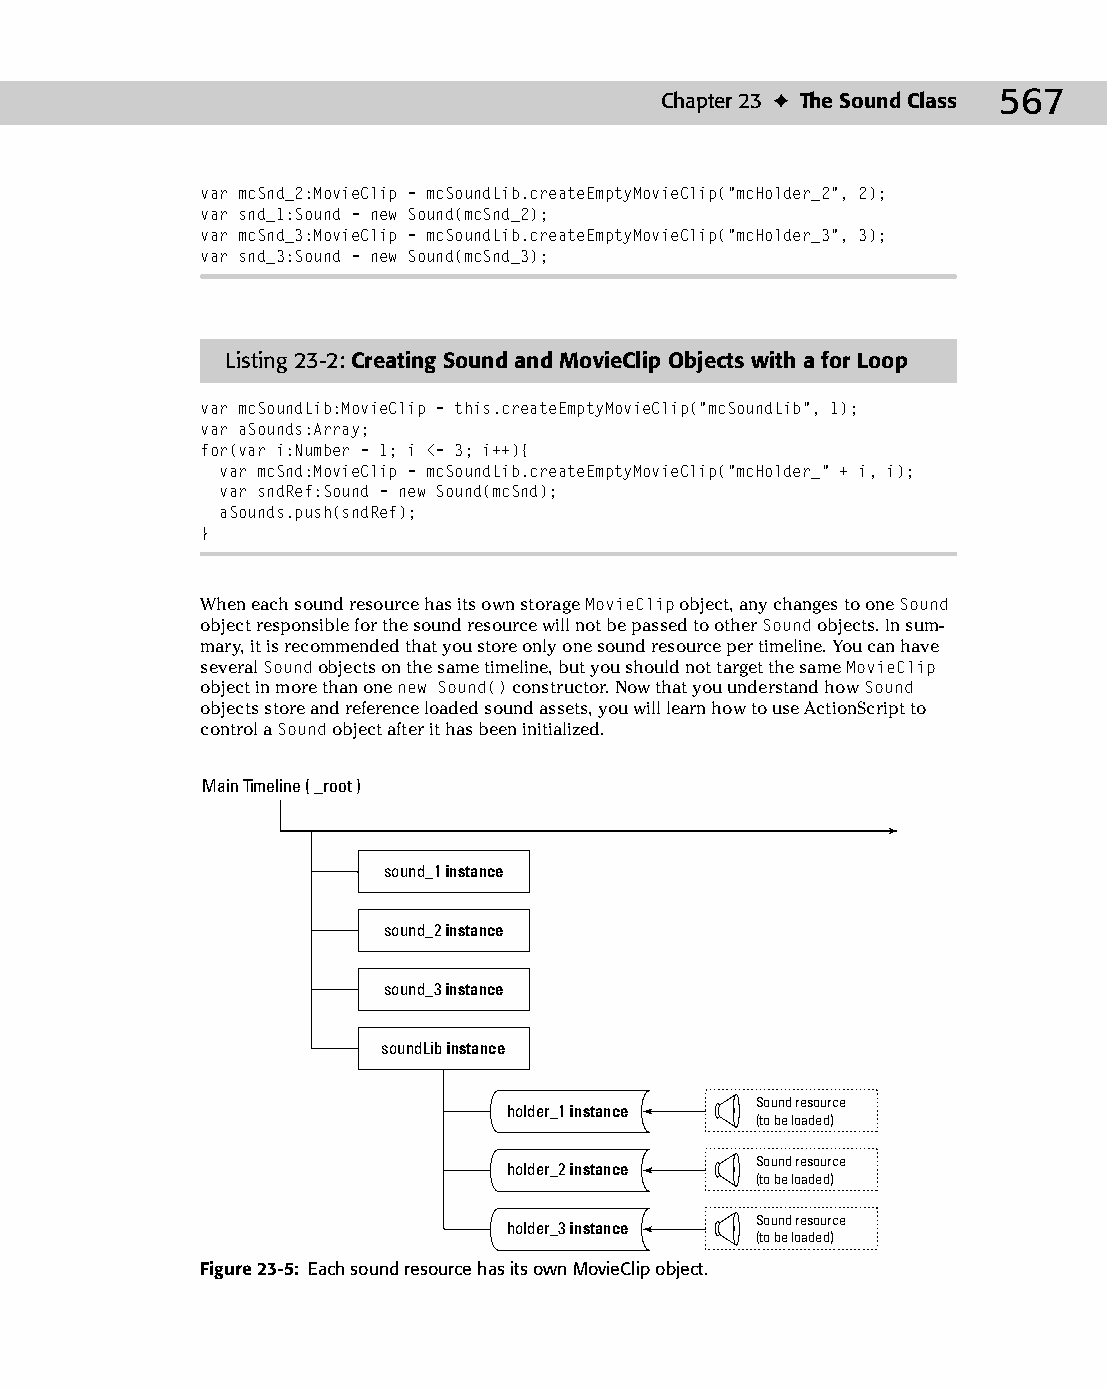
30 543547 ch23.qxd 3/24/04 4:09 PM Page 567
 Chapter 23 ✦ The Sound Class 567
 var mcSnd_2:MovieClip = mcSoundLib.createEmptyMovieClip(“mcHolder_2”, 2);
 var snd_1:Sound = new Sound(mcSnd_2);
 var mcSnd_3:MovieClip = mcSoundLib.createEmptyMovieClip(“mcHolder_3”, 3);
 var snd_3:Sound = new Sound(mcSnd_3);
 Listing 23-2: Creating Sound and MovieClip Objects with a for Loop
 var mcSoundLib:MovieClip = this.createEmptyMovieClip(“mcSoundLib”, 1);
 var aSounds:Array;
 for(var i:Number = 1; i <= 3; i++){
 var mcSnd:MovieClip = mcSoundLib.createEmptyMovieClip(“mcHolder_” + i, i);
 var sndRef:Sound = new Sound(mcSnd);
 aSounds.push(sndRef);
 }
 When each sound resource has its own storage MovieClip object, any changes to one Sound
 object responsible for the sound resource will not be passed to other Sound objects. In sum­
 mary, it is recommended that you store only one sound resource per timeline. You can have
 several Sound objects on the same timeline, but you should not target the same MovieClip
 object in more than one new Sound() constructor. Now that you understand how Sound
 objects store and reference loaded sound assets, you will learn how to use ActionScript to
 control a Sound object after it has been initialized.
 Main Timeline ( _root )
 sound_1 instance
 sound_2 instance
 sound_3 instance
 soundLib instance
 Sound resource
 holder_1 instance
 (to be loaded)
 Sound resource
 holder_2 instance
 (to be loaded)
 Sound resource
 holder_3 instance
 (to be loaded)
 Figure 23-5: Each sound resource has its own MovieClip object.